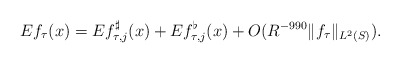
\begin{align*} Ef_\tau(x) = Ef_{\tau,j}^{\sharp}(x) + Ef_{\tau,j}^{\flat}(x) + O(R^{-990}\|f_\tau\|_{L^2(S)}).\end{align*}